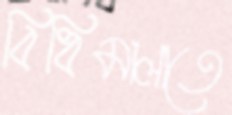
বিধিমালাতে